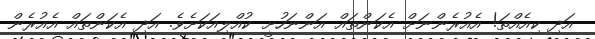
އަދި ކިއެއްތަ! އެއުރެންނަށް އެކަންތައް އަންނަހުށީ ކުއްލިއަކަށެވެ. އަދި އެކަންތައް އެއުރެން